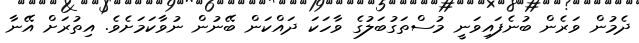
ދެމުން ވަރެން ބުނެފައިވަނީ މުސްތަގުބަލުގެ ވާހަކަ ދައްކަން ބޭނުން ނުވާކަމަށެވެ. އިތުރަށް އޭނާ